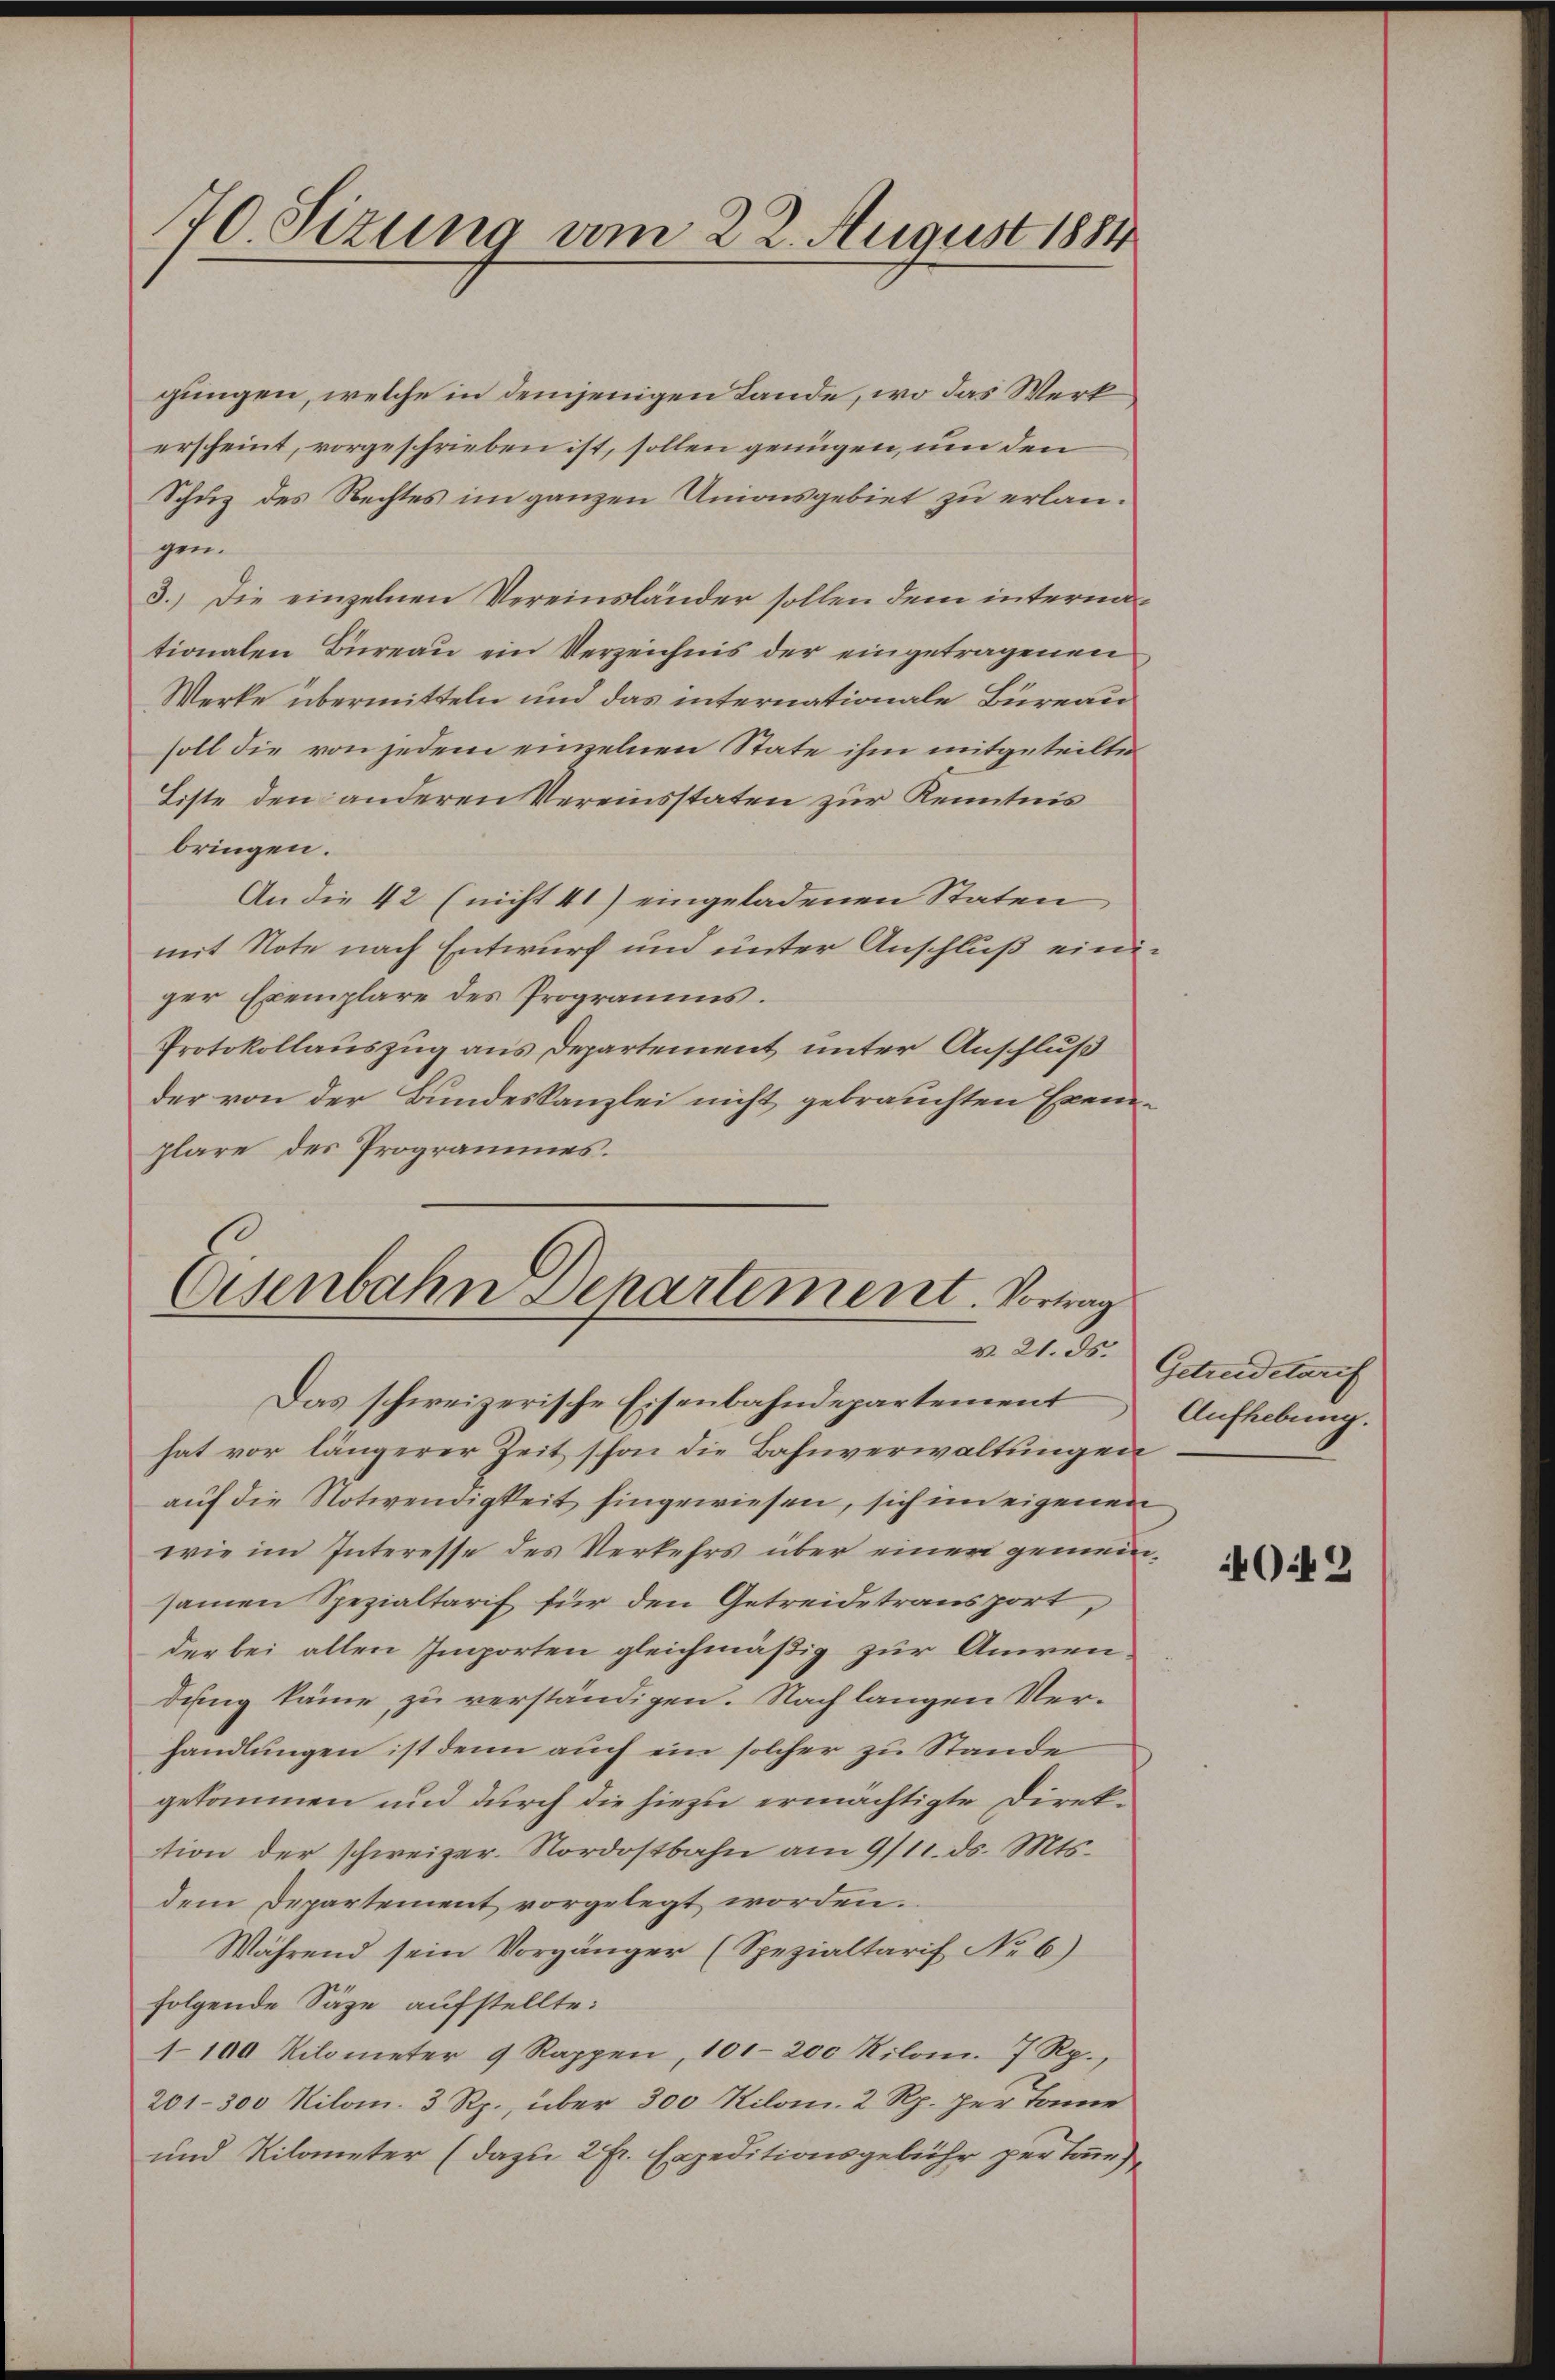
70. Sizung vom 22. August 1884

gungen, welche in demjenigen Lande, wo das Werk
erscheint, vorgeschrieben ist, sollen genügen, um den
Schuz des Rechtes im ganzen Unionsgebiet zu erlangen.
3.) Die einzelnen Vereinsländer sollen dem internationalen Büreau ein Verzeichnis der eingetragenen
Werke übermitteln und das internationale Büreau
soll die von jedem einzelnen State ihm mitgeteilte
Liste den anderen Vereinsstaten zur Kenntnis
bringen.
An die 42 (nicht 41) eingeladenen Staten
mit Note nach Entwurf und unter Anschluß einiger Exemplare des Programms.
Protokollauszug aus Departement unter Anschluß
der von der Bundeskanzlei nicht gebrauchten Exemplare des Programmes.

Eisenbahn Departement. Vortrag
v. 21. ds.
Das schweizerische Eisenbahndepartement

hat vor längerer Zeit schon die Bahnverwaltungen
auf die Notwendigkeit hingewiesen, sich im eigenen
wie im Interesse des Verkehrs über einer gemeinsamen Spezialtarif für den Getreidetransport,
der bei allen Emporten gleichmäßig zur Anwen-
dung käme, zu verständigen. Nach langen Verhandlungen ist denn auch ein solcher zu Stande
gekommen und durch die hiezu ermächtigte Direktion der schweizer. Nordostbahn am 9/11. ds. Mts.
dem Departement vorgelegt worden.
Während sein Vorgänger (Spezialtarif No 6)
folgende Säge aufstellte:
1100 Kilometer 9 Rappen, 101. 200 Kilom. 7 Rp.,
201-300 Kilom. 3 Rp., über 300 Kilom. 2 Rp. per Tanne
und Kilometer (dazu 2 fr. Expeditionsgebühr per könne

Getreidetarif
Aufhebung.

O.42